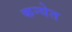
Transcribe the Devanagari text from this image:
कन्येत